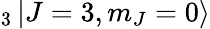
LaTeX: _3\mathinner{|{J=3,m_{J}=0}\rangle}